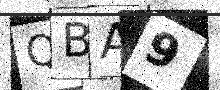
Text: QBA9